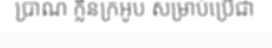
ប្រាណ ក្លិនក្រអូប សម្រាប់ប្រើជា